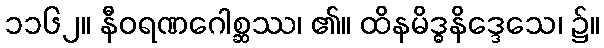
၁၁၆၂။ နီဝရဏဂေါစ္ဆဿ၊ ၏။ ထိနမိဒ္ဓနိဒ္ဒေသေ၊ ၌။